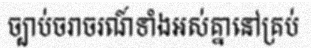
ច្បាប់ចរាចរណ៍ទាំងអស់គ្នានៅគ្រប់